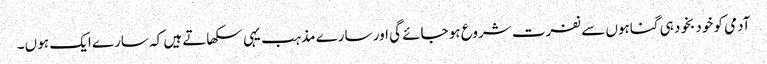
آدمی کو خود بخود ہی گناہوں سے نفرت شروع ہو جائے گی اور سارے مذہب یہی سکھاتے ہیں کہ سارے ایک ہو ں۔